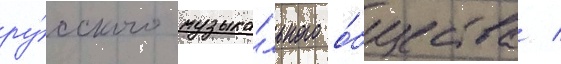
ру́сского музыка́льного о́бщества /